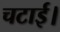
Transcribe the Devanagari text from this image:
चटाई।